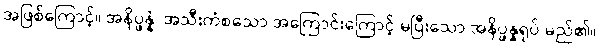
အဖြစ်ကြောင့်။ အနိပ္ဖန္နံ၊ အသီးကံစသော အကြောင်းကြောင့် မပြီးသော အနိပ္ဖန္နရုပ် မည်၏။